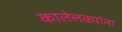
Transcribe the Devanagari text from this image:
कालेलकरांना